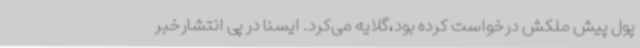
پول پیش ملکش درخواست کرده بود،گلایه می‌کرد. ایسنا در پی انتشارخبر